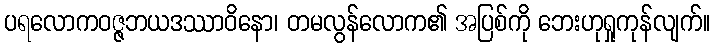
ပရလောကဝဇ္ဇဘယဒဿာဝိနော၊ တမလွန်လောက၏ အပြစ်ကို ဘေးဟုရှုကုန်လျက်။